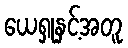
ယေရှုနှင့်အတူ